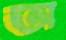
﻿অ